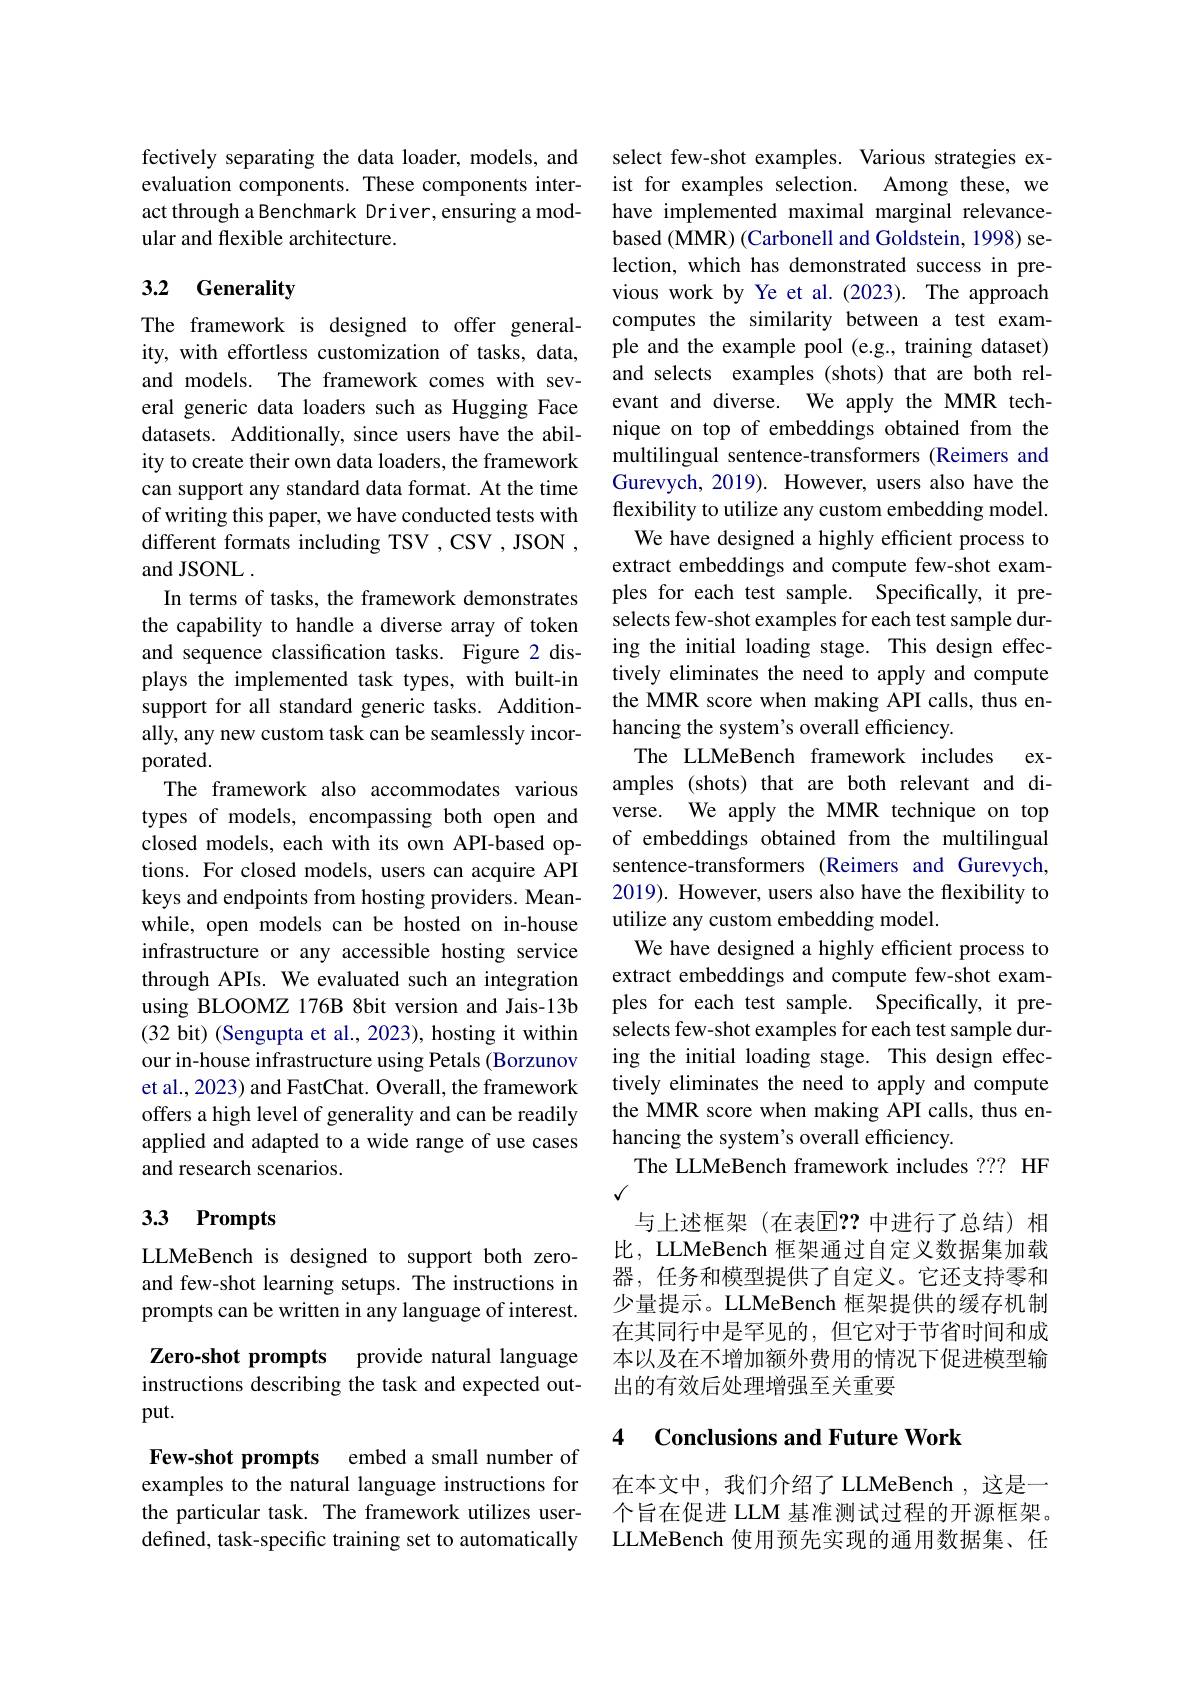
fectively separating the data loader, models, and evaluation components. These components interact through a Benchmark Driver, ensuring a modular and flexible architecture.

## 3.2 Generality

The framework is designed to offer generality, with effortless customization of tasks, data, and models. The framework comes with several generic data loaders such as Hugging Face datasets. Additionally, since users have the ability to create their own data loaders, the framework can support any standard data format. At the time of writing this paper, we have conducted tests with different formats including TSV , CSV , JSON , and JSONL .
In terms of tasks, the framework demonstrates the capability to handle a diverse array of token and sequence classification tasks. Figure 2 displays the implemented task types, with built-in support for all standard generic tasks. Additionally, any new custom task can be seamlessly incorporated.
The framework also accommodates various types of models, encompassing both open and closed models, each with its own API-based options. For closed models, users can acquire API keys and endpoints from hosting providers. Meanwhile, open models can be hosted on in-house infrastructure or any accessible hosting service through APIs. We evaluated such an integration using BLOOMZ 176B 8bit version and Jais-13b (32 bit) (Sengupta et al., 2023), hosting it within our in-house infrastructure using Petals (Borzunov et al., 2023) and FastChat. Overall, the framework offers a high level of generality and can be readily applied and adapted to a wide range of use cases and research scenarios.

## 3.3 Prompts

LLMeBench is designed to support both zeroand few-shot learning setups. The instructions in prompts can be written in any language of interest.

Zero-shot prompts provide natural language instructions describing the task and expected output.

Few-shot prompts embed a small number of examples to the natural language instructions for the particular task. The framework utilizes userdefined, task-specific training set to automatically

select few-shot examples. Various strategies exist for examples selection. Among these, we have implemented maximal marginal relevancebased (MMR) (Carbonell and Goldstein, 1998) selection, which has demonstrated success in previous work by Ye et al.(2023). The approach computes the similarity between a test example and the example pool (e.g., training dataset) and selects examples (shots) that are both relevant and diverse. We apply the MMR technique on top of embeddings obtained from the multilingual sentence-transformers (Reimers and Gurevych, 2019). However, users also have the flexibility to utilize any custom embedding model.
We have designed a highly efficient process to extract embeddings and compute few-shot examples for each test sample. Specifically, it preselects few-shot examples for each test sample during the initial loading stage. This design effectively eliminates the need to apply and compute the MMR score when making API calls, thus enhancing the system's overall efficiency.
The LLMeBench framework includes examples (shots) that are both relevant and diverse. We apply the MMR technique on top of embeddings obtained from the multilingual sentence-transformers (Reimers and Gurevych, 2019). However, users also have the flexibility to utilize any custom embedding model.
We have designed a highly efficient process to extract embeddings and compute few-shot examples for each test sample. Specifically, it preselects few-shot examples for each test sample during the initial loading stage. This design effectively eliminates the need to apply and compute the MMR score when making API calls, thus enhancing the system's overall efficiency.
The LLMeBench framework includes ??? HF
$√$
与上述框架(在表$\mathbb{E}??$ 中进行了总结)相比，LLMeBench 框架通过自定义数据集加载器，任务和模型提供了自定义。它还支持零和少量提示。LLMeBench 框架提供的缓存机制在其同行中是罕见的，但它对于节省时间和成本以及在不增加额外费用的情况下促进模型输出的有效后处理增强至关重要

## 4 Conclusions and Future Work

在本文中，我们介绍了 LLMeBench ,这是一个旨在促进 LLM 基准测试过程的开源框架。LLMeBench 使用预先实现的通用数据集、任